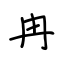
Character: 冉